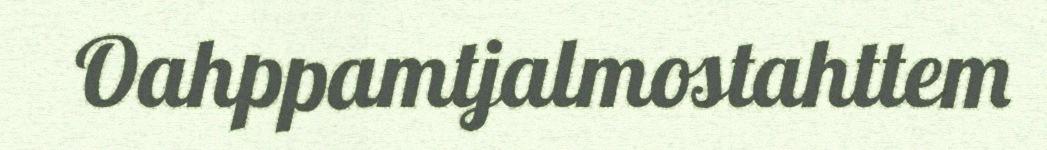
Oahppamtjalmostahttem